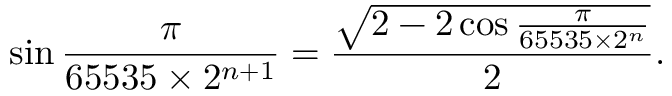
\sin { \frac { \pi } { 6 5 5 3 5 \times 2 ^ { n + 1 } } } = { \frac { \sqrt { 2 - 2 \cos { \frac { \pi } { 6 5 5 3 5 \times 2 ^ { n } } } } } { 2 } } .